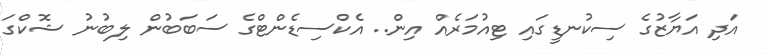
އަދި އަޔާޒުގެ ސިކުނޑީގައި ޓިއުމަރެއް އިން.. އެކްސިޑެންޓްގެ ސަބަބުން ލިބުނު ޝޮކްގަ